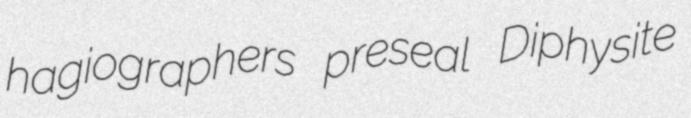
hagiographers preseal Diphysite